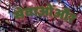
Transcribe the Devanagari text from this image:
सेवाओंऔर